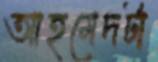
আহমেদটা